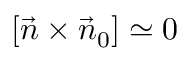
[ \vec { n } \times \vec { n } _ { 0 } ] \simeq 0